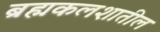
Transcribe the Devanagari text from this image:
ब्रह्मकलशातील